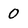
Character: 0